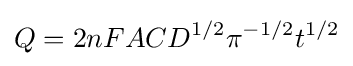
Q=2nFACD^{1/2}\pi ^{-1/2}t^{1/2}